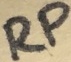
Text: RP